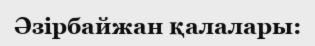
Әзірбайжан қалалары: